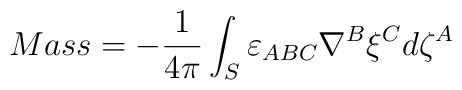
Mass = - \frac{1}{4 \pi} \int _S \varepsilon _{ABC}  \nabla ^B \xi ^C d\zeta ^A